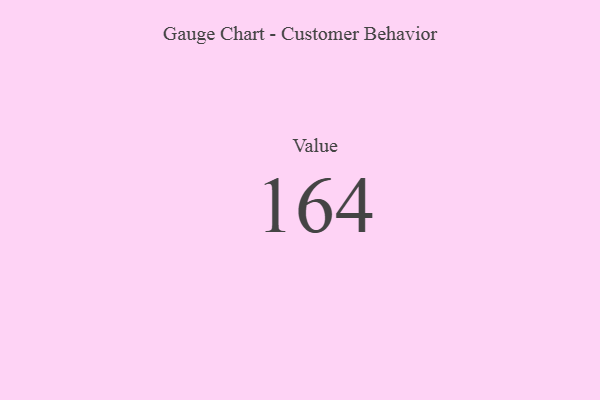
{"axis": {"x": "Metric", "y": "Value"}, "legend": [""], "data": [{"x": "Value", "y": 164, "type": ""}]}